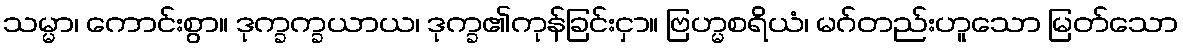
သမ္မာ၊ ကောင်းစွာ။ ဒုက္ခက္ခယာယ၊ ဒုက္ခ၏ကုန်ခြင်းငှာ။ ဗြဟ္မစရိယံ၊ မဂ်တည်းဟူသော မြတ်သော